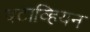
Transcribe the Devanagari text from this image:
बटाव्हियन